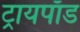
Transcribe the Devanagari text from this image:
ट्रायपाॅड